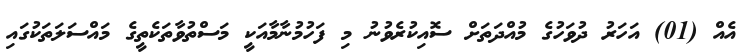
އެއް (01) އަހަރު ދުވަހުގެ މުއްދަތަށް ސޮއިކުރެވުނު މި ފަހުމުނާމާއަކީ މަސްތުވާތަކެތީގެ މައްސަލަތަކުގައި